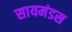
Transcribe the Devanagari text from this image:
सायमंडस